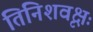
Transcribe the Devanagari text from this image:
तिनिशवृक्षः